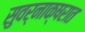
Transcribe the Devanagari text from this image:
सुवर्नाक्षरात